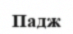
Падж